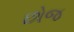
છોજ